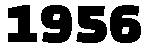
1956